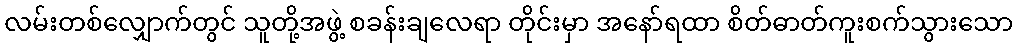
လမ်းတစ်လျှောက်တွင် သူတို့အဖွဲ့ စခန်းချလေရာ တိုင်းမှာ အနော်ရထာ စိတ်ဓာတ်ကူးစက်သွားသော